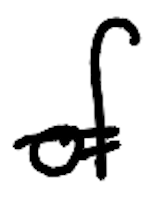
Text: of
Cross-out: single-line
Writing tool: digital_black